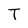
Character: T